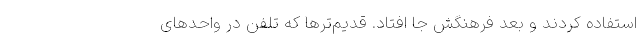
استفاده کردند و بعد فرهنگش جا افتاد. قدیم‌تر‌ها که تلفن در واحد‌های